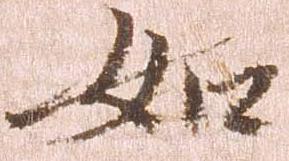
如